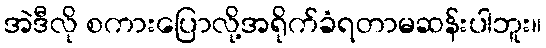
အဲဒီလို စကားပြောလို့အရိုက်ခံရတာမဆန်းပါဘူး။